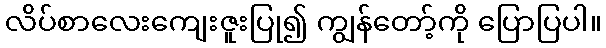
လိပ်စာလေးကျေးဇူးပြု၍ ကျွန်တော့်ကို ပြောပြပါ။